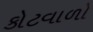
કોટવાળો